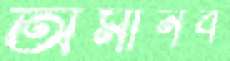
অমানব